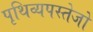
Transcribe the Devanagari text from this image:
पृथिव्यपस्तेजो